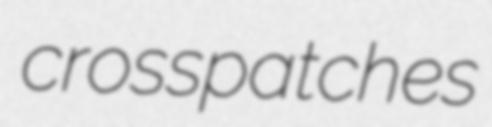
crosspatches